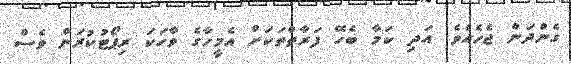
ގެންދަން ޖެހެއެވެ. އަދި ކަމާ ބެހޭ ފަރާތްތަކަށް އެމީހާގެ ވާހަކަ ރިޕޯޓުކުރަން ވެސް